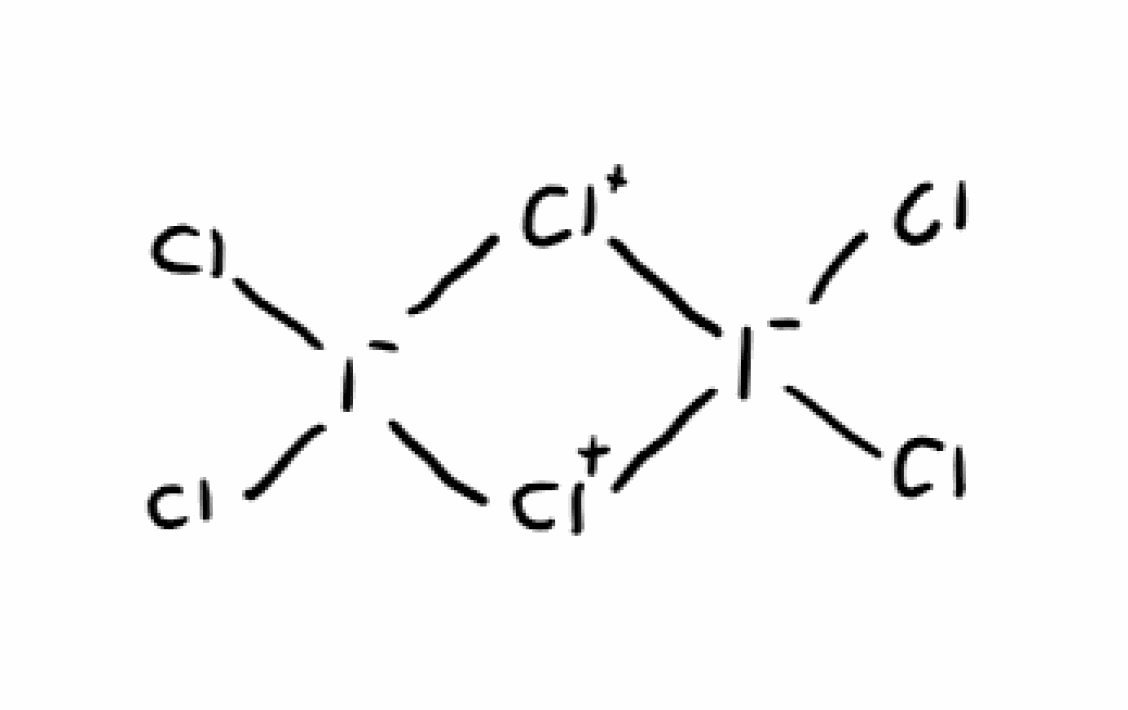
Simplified molecular-input line-entry system (SMILES) notation of the given molecule:
Cl[I-]1([Cl+][I-]([Cl+]1)(Cl)Cl)Cl